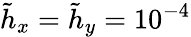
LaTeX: \tilde{h}_{x}=\tilde{h}_{y}=10^{-4}